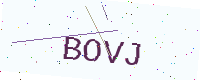
Text: BOVJ